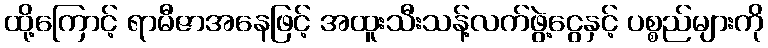
ထို့ကြောင့် ရာမီဇာအနေဖြင့် အထူးသီးသန့်လက်ဖွဲ့ငွေနှင့် ပစ္စည်များကို